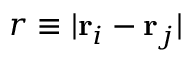
r \equiv \vert \mathbf { r } _ { i } - \mathbf { r } _ { j } \vert